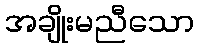
အချိုးမညီသော